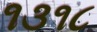
૧૩૧૮